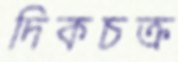
দিকচক্র